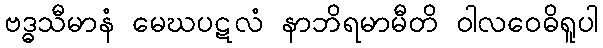
ဗဒ္ဓသီမာနံ မေဃပဋလံ နာဘိရမာမီတိ ဝါလဝေဓိရူပါ